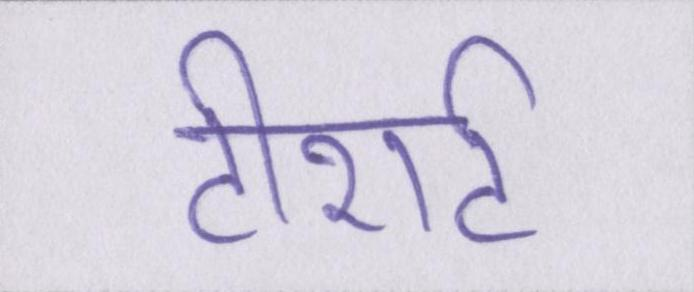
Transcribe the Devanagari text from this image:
टीशर्ट